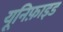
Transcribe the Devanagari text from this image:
यूनिफ़ाइड